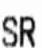
SR